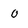
Character: 0